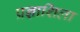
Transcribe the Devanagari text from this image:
प्रज्ञाशिला